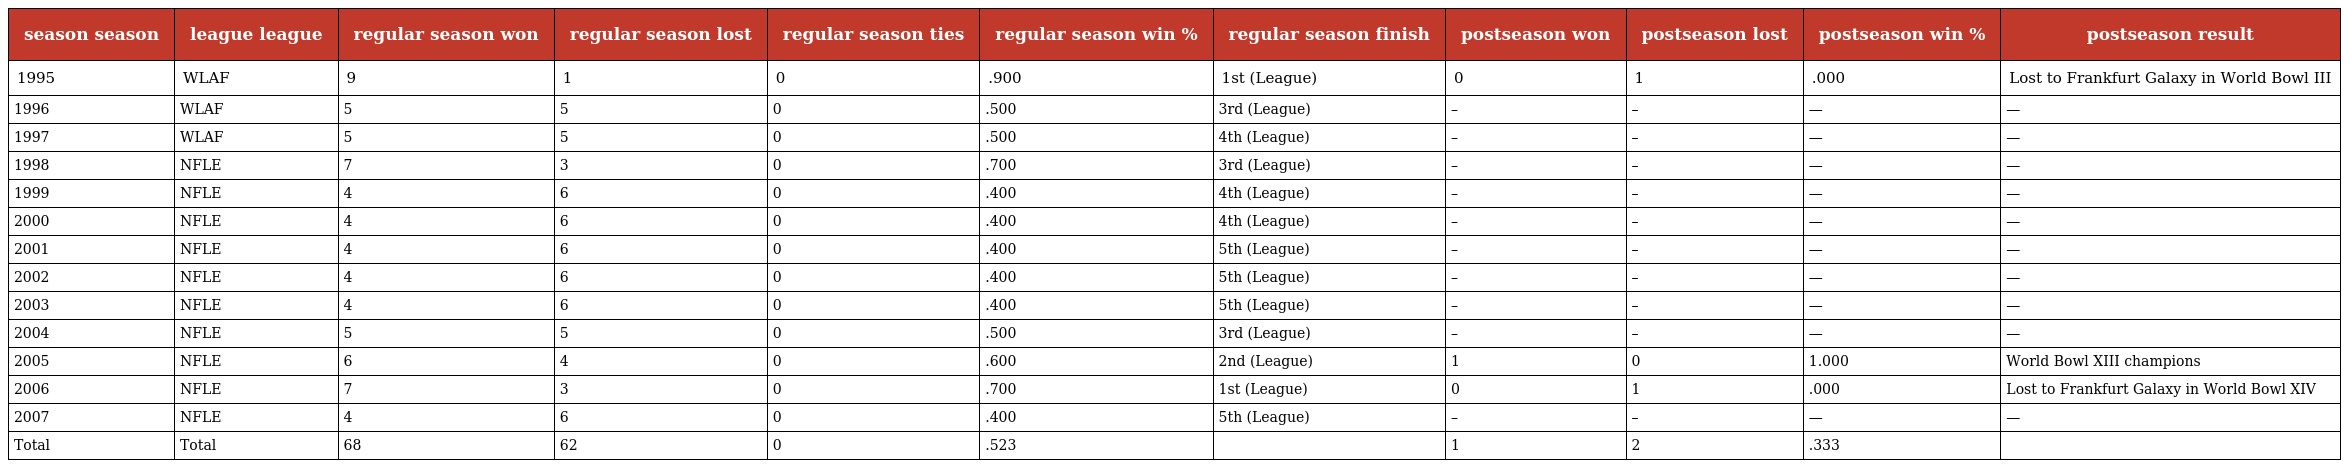
| season season | league league | regular season won | regular season lost | regular season ties | regular season win % | regular season finish | postseason won | postseason lost | postseason win % | postseason result |
 | --- | --- | --- | --- | --- | --- | --- | --- | --- | --- | --- |
 | 1995 | WLAF | 9 | 1 | 0 | .900 | 1st (League) | 0 | 1 | .000 | Lost to Frankfurt Galaxy in World Bowl III |
 | 1996 | WLAF | 5 | 5 | 0 | .500 | 3rd (League) | – | – | — | — |
 | 1997 | WLAF | 5 | 5 | 0 | .500 | 4th (League) | – | – | — | — |
 | 1998 | NFLE | 7 | 3 | 0 | .700 | 3rd (League) | – | – | — | — |
 | 1999 | NFLE | 4 | 6 | 0 | .400 | 4th (League) | – | – | — | — |
 | 2000 | NFLE | 4 | 6 | 0 | .400 | 4th (League) | – | – | — | — |
 | 2001 | NFLE | 4 | 6 | 0 | .400 | 5th (League) | – | – | — | — |
 | 2002 | NFLE | 4 | 6 | 0 | .400 | 5th (League) | – | – | — | — |
 | 2003 | NFLE | 4 | 6 | 0 | .400 | 5th (League) | – | – | — | — |
 | 2004 | NFLE | 5 | 5 | 0 | .500 | 3rd (League) | – | – | — | — |
 | 2005 | NFLE | 6 | 4 | 0 | .600 | 2nd (League) | 1 | 0 | 1.000 | World Bowl XIII champions |
 | 2006 | NFLE | 7 | 3 | 0 | .700 | 1st (League) | 0 | 1 | .000 | Lost to Frankfurt Galaxy in World Bowl XIV |
 | 2007 | NFLE | 4 | 6 | 0 | .400 | 5th (League) | – | – | — | — |
 | Total | Total | 68 | 62 | 0 | .523 |  | 1 | 2 | .333 |  |